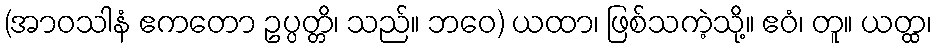
(အာဝသါနံ ဧကတော ဥပ္ပတ္တိ၊ သည်။ ဘဝေ) ယထာ၊ ဖြစ်သကဲ့သို့။ ဧဝံ၊ တူ။ ယတ္ထ၊